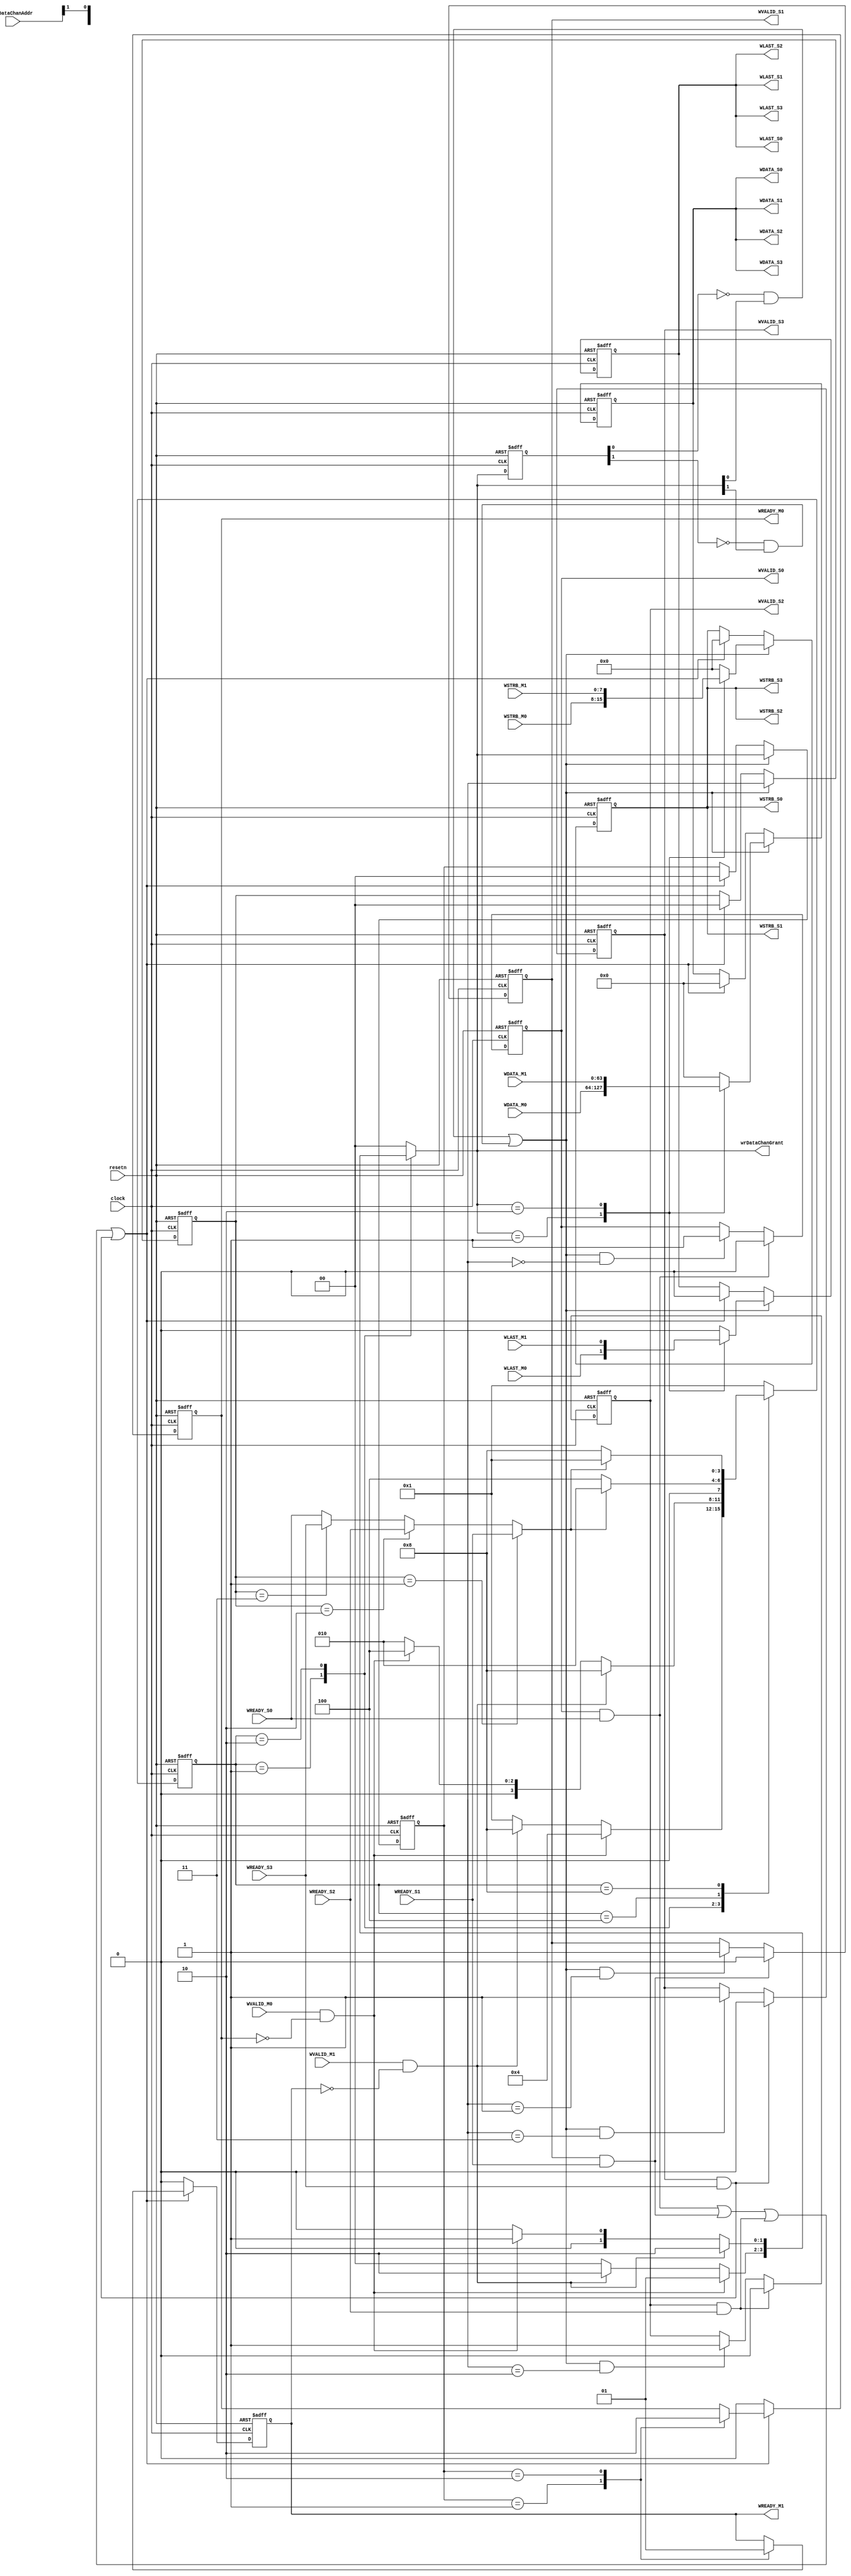
module interconnect_writeDataChannel(
    // General inputs
    clock,
    resetn,
    
    // Master 0 inputs
    WVALID_M0,
    WDATA_M0,
    WSTRB_M0,
    WLAST_M0,
    
    // Master 1 inputs
    WVALID_M1,
    WDATA_M1,
    WSTRB_M1,
    WLAST_M1,
    
    // Slave 0 inputs
    WREADY_S0,
    
    // Slave 1 inputs
    WREADY_S1,
    
    // Slave 2 inputs
    WREADY_S2,
    
    // Slave 3 inputs
    WREADY_S3,
    
    // Write address channel inputs
    wrDataChanAddr,
    
    // Master 0 outputs
    WREADY_M0,
    
    // Master 1 outputs
    WREADY_M1,
    
    // Slave 0 outputs
    WVALID_S0,
    WDATA_S0,
    WSTRB_S0,
    WLAST_S0,
    
    // Slave 1 outputs
    WVALID_S1,
    WDATA_S1,
    WSTRB_S1,
    WLAST_S1,
    
    // Slave 2 outputs
    WVALID_S2,
    WDATA_S2,
    WSTRB_S2,
    WLAST_S2,
    
    // Slave 3 outputs
    WVALID_S3,
    WDATA_S3,
    WSTRB_S3,
    WLAST_S3,
    
    // Write address channel outputs
    wrDataChanGrant
);

////////////////////////////////////////////////////////////////////////////////
// Parameters
////////////////////////////////////////////////////////////////////////////////
parameter DWIDTH = 64; // Data width in bits
parameter AWIDTH = 0;

////////////////////////////////////////////////////////////////////////////////
// Port directions
////////////////////////////////////////////////////////////////////////////////
// General inputs
input                           clock;
input                           resetn;

// Master 0 inputs
input                           WVALID_M0;
input   [DWIDTH-1:0]            WDATA_M0;
input   [(DWIDTH/8)-1:0]        WSTRB_M0;
input                           WLAST_M0;

// Master 1 inputs
input                           WVALID_M1;
input   [DWIDTH-1:0]            WDATA_M1;
input   [(DWIDTH/8)-1:0]        WSTRB_M1;
input                           WLAST_M1;

// Slave 0 inputs
input                           WREADY_S0;

// Slave 1 inputs
input                           WREADY_S1;

// Slave 2 inputs
input                           WREADY_S2;

// Slave 3 inputs
input                           WREADY_S3;

// Write address channel inputs
input   [AWIDTH-1:0]            wrDataChanAddr;

// Master 0 outputs
output reg                      WREADY_M0;

// Master 1 outputs
output reg                      WREADY_M1;

// Slave 0 outputs
output reg                      WVALID_S0;
output      [DWIDTH-1:0]        WDATA_S0;
output      [(DWIDTH/8)-1:0]    WSTRB_S0;
output                          WLAST_S0;

// Slave 1 outputs
output reg                      WVALID_S1;
output      [DWIDTH-1:0]        WDATA_S1;
output      [(DWIDTH/8)-1:0]    WSTRB_S1;
output                          WLAST_S1;

// Slave 2 outputs
output reg                      WVALID_S2;
output      [DWIDTH-1:0]        WDATA_S2;
output      [(DWIDTH/8)-1:0]    WSTRB_S2;
output                          WLAST_S2;

// Slave 3 outputs
output reg                      WVALID_S3;
output      [DWIDTH-1:0]        WDATA_S3;
output      [(DWIDTH/8)-1:0]    WSTRB_S3;
output                          WLAST_S3;

// Write address channel outputs
output      [1:0]               wrDataChanGrant;

////////////////////////////////////////////////////////////////////////////////
// Constants
////////////////////////////////////////////////////////////////////////////////
localparam [3:0] M0_PRI_IDLE   = 4'b0001;
localparam [3:0] M1_PRI_IDLE   = 4'b0010;
localparam [3:0] M0_WAIT_READY = 4'b0100;
localparam [3:0] M1_WAIT_READY = 4'b1000;

////////////////////////////////////////////////////////////////////////////////
// Internal signals
////////////////////////////////////////////////////////////////////////////////
reg     [1:0]                   grant;
reg     [1:0]                   grantPrev;
wire                            grantRE;
wire                            WREADYInt;
reg                             WVALIDInt;
reg     [DWIDTH-1:0]            WDATAInt;
reg     [(DWIDTH/8)-1:0]        WSTRBInt;
reg                             WLASTInt;
reg     [DWIDTH-1:0]            WDATAOut;
reg     [(DWIDTH/8)-1:0]        WSTRBOut;
reg                             WLASTOut;
reg     [3:0]                   currState;
reg     [3:0]                   nextState;
reg     [1:0]                   wrDataChanAddrReg;
reg     [1:0]                   grantReg;

////////////////////////////////////////////////////////////////////////////////
// grant rising edge detect
////////////////////////////////////////////////////////////////////////////////
always @ (posedge clock or negedge resetn)
    begin
        if (!resetn)
            begin
                grantPrev <= 2'b0;
            end
        else
            begin
                grantPrev <= grant;
            end
    end
assign grantRE = (!grantPrev[0] & grant[0]) || (!grantPrev[1] & grant[1]);

////////////////////////////////////////////////////////////////////////////////
// grant register
////////////////////////////////////////////////////////////////////////////////
always @ (posedge clock or negedge resetn)
    begin
        if (!resetn)
            begin
                grantReg <= 2'b0;
            end
        else if (grantRE)
            begin
                grantReg <= grant;
            end
        else if ((WVALID_S0 & WREADY_S0) || (WVALID_S1 & WREADY_S1) ||
                 (WVALID_S2 & WREADY_S2) || (WVALID_S3 & WREADY_S3) )
            begin
                grantReg <= 2'b0;
            end
    end

////////////////////////////////////////////////////////////////////////////////
// WREADY output register
////////////////////////////////////////////////////////////////////////////////
always @ (posedge clock or negedge resetn)
    begin
        if (!resetn)
            begin
                WREADY_M0 = 1'b0;
                WREADY_M1 = 1'b0;
            end
        else
            begin
                if ((WVALID_S0 & WREADY_S0) || (WVALID_S1 & WREADY_S1) ||
                    (WVALID_S2 & WREADY_S2) || (WVALID_S3 & WREADY_S3) )
                    begin
                        case (grantReg)
                            2'b01:
                                begin
                                    WREADY_M0 = 1'b1;
                                    WREADY_M1 = 1'b0;
                                end
                            2'b10:
                                begin
                                    WREADY_M0 = 1'b0;
                                    WREADY_M1 = 1'b1;
                                end
                            default:
                                begin
                                end
                        endcase
                    end
                else
                    begin
                        WREADY_M0 = 1'b0;
                        WREADY_M1 = 1'b0;
                    end
            end
    end

////////////////////////////////////////////////////////////////////////////////
// WVALID input mux
////////////////////////////////////////////////////////////////////////////////
always @ (*)
    begin
        // Default assignments
        WVALIDInt = 1'b0;
        WDATAInt  = {DWIDTH{1'b0}};
        WSTRBInt  = {(DWIDTH/8){1'b0}};
        WLASTInt  = 1'b0;
        case (grant)
            2'b01:
                begin
                    WVALIDInt = WVALID_M0;
                    WDATAInt  = WDATA_M0;
                    WSTRBInt  = WSTRB_M0;
                    WLASTInt  = WLAST_M0;
                end
            2'b10:
                begin
                    WVALIDInt = WVALID_M1;
                    WDATAInt  = WDATA_M1;
                    WSTRBInt  = WSTRB_M1;
                    WLASTInt  = WLAST_M1;
                end
            default:
                begin
                end
        endcase
    end

////////////////////////////////////////////////////////////////////////////////
// Write data register
////////////////////////////////////////////////////////////////////////////////
always @ (posedge clock or negedge resetn)
    begin
        if (!resetn)
            begin
                wrDataChanAddrReg <= 2'b0;
                WDATAOut          <= {DWIDTH{1'b0}};
                WSTRBOut          <= {(DWIDTH/8){1'b0}};
                WLASTOut          <= 1'b0;
            end
        else
            begin
                if (grantRE)
                    begin
                        wrDataChanAddrReg <= wrDataChanAddr[AWIDTH-1:AWIDTH-2];
                        WDATAOut          <= WDATAInt;
                        WSTRBOut          <= WSTRBInt;
                        WLASTOut          <= WLASTInt;
                    end
                else if ((WVALID_S0 & WREADY_S0) || (WVALID_S1 & WREADY_S1) ||
                         (WVALID_S2 & WREADY_S2) || (WVALID_S3 & WREADY_S3) )
                    begin
                        wrDataChanAddrReg <= 2'b0;
                        WDATAOut          <= {DWIDTH{1'b0}};
                        WSTRBOut          <= {(DWIDTH/8){1'b0}};
                        WLASTOut          <= 1'b0;
                    end
            end
    end

// Write data channel shared bus
assign WDATA_S0 = WDATAOut;
assign WDATA_S1 = WDATAOut;
assign WDATA_S2 = WDATAOut;
assign WDATA_S3 = WDATAOut;
assign WSTRB_S0 = WSTRBOut;
assign WSTRB_S1 = WSTRBOut;
assign WSTRB_S2 = WSTRBOut;
assign WSTRB_S3 = WSTRBOut;
assign WLAST_S0 = WLASTOut;
assign WLAST_S1 = WLASTOut;
assign WLAST_S2 = WLASTOut;
assign WLAST_S3 = WLASTOut;

////////////////////////////////////////////////////////////////////////////////
// WVALID output mux
////////////////////////////////////////////////////////////////////////////////
always @ (posedge clock or negedge resetn)
    begin
        if (!resetn)
            begin
                WVALID_S0 <= 1'b0;
                WVALID_S1 <= 1'b0;
                WVALID_S2 <= 1'b0;
                WVALID_S3 <= 1'b0;
            end
        else
            begin
                // Apportion the address space equally between the 4 slaves
                if (WVALID_S0 & WREADY_S0)
                    begin
                        WVALID_S0 <= 1'b0;
                    end
                else if ((grantRE) & (wrDataChanAddr[AWIDTH-1:AWIDTH-2] == 2'b00))
                    begin
                        WVALID_S0 <= 1'b1;
                    end
                if (WVALID_S1 & WREADY_S1)
                    begin
                        WVALID_S1 <= 1'b0;
                    end
                else if ((grantRE) & (wrDataChanAddr[AWIDTH-1:AWIDTH-2] == 2'b01))
                    begin
                        WVALID_S1 <= 1'b1;
                    end
                if (WVALID_S2 & WREADY_S2)
                    begin
                        WVALID_S2 <= 1'b0;
                    end
                else if ((grantRE) & (wrDataChanAddr[AWIDTH-1:AWIDTH-2] == 2'b10))
                    begin
                        WVALID_S2 <= 1'b1;
                    end
                if (WVALID_S3 & WREADY_S3)
                    begin
                        WVALID_S3 <= 1'b0;
                    end
                else if ((grantRE) & (wrDataChanAddr[AWIDTH-1:AWIDTH-2] == 2'b11))
                    begin
                        WVALID_S3 <= 1'b1;
                    end
            end
    end

////////////////////////////////////////////////////////////////////////////////
// WREADY input mux
////////////////////////////////////////////////////////////////////////////////
assign WREADYInt = (wrDataChanAddrReg == 2'b01) ? WREADY_S1 :
                   (wrDataChanAddrReg == 2'b10) ? WREADY_S2 :
                   (wrDataChanAddrReg == 2'b11) ? WREADY_S3 :
                   WREADY_S0;

////////////////////////////////////////////////////////////////////////////////
// Round robin arbiter
////////////////////////////////////////////////////////////////////////////////
always @ (posedge clock or negedge resetn)
    begin
        if (!resetn)
            begin
                currState <= M0_PRI_IDLE;
            end
        else
            begin
                currState <= nextState;
            end
    end

always @ (*)
    begin
        case (currState)
            M0_PRI_IDLE:
                begin
                    if (WVALID_M0 & !WREADY_M0)
                        begin
                            grant     = 2'b01;
                            nextState = M0_WAIT_READY;
                        end
                    else if (WVALID_M1 & !WREADY_M1)
                        begin
                            grant     = 2'b10;
                            nextState = M1_WAIT_READY;
                        end
                    else
                        begin
                            grant     = 2'b00;
                            nextState = M0_PRI_IDLE;
                        end
                end
            M1_PRI_IDLE:
                begin
                    if (WVALID_M1 & !WREADY_M1)
                        begin
                            grant     = 2'b10;
                            nextState = M1_WAIT_READY;
                        end
                    else if (WVALID_M0 & !WREADY_M0)
                        begin
                            grant     = 2'b01;
                            nextState = M0_WAIT_READY;
                        end
                    else
                        begin
                            grant     = 2'b00;
                            nextState = M1_PRI_IDLE;
                        end
                end
            M0_WAIT_READY:
                begin
                    grant = 2'b00;
                    if (WREADYInt)
                        begin
                            nextState = M1_PRI_IDLE;
                        end
                    else
                        begin
                            nextState = M0_WAIT_READY;
                        end
                end
            M1_WAIT_READY:
                begin
                    grant = 2'b00;
                    if (WREADYInt)
                        begin
                            nextState = M0_PRI_IDLE;
                        end
                    else
                        begin
                            nextState = M1_WAIT_READY;
                        end
                end
            default:
                begin
                    grant     = 2'b00;
                    nextState = M0_PRI_IDLE;
                end
        endcase
    end

// Read the write address associated with this master's transaction from the
// write address channel address holding register to determine which slave to
// forward the data to
assign wrDataChanGrant = grant;

endmodule